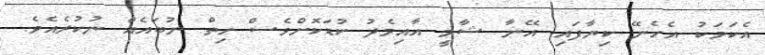
އެކަމަކު އެހެނޭ ކިޔާފައި އޭނާ ޝާމީ އާއިމެދު ކުޑަކޮށްވެސް ހިތް ނުބައެއް ނުކުރެއެވެ.